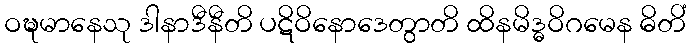
ဝဍ္ဎမာနေသု ဒါနာဒီနီတိ ပဋိဝိနောဒေတွာတိ ထိနမိဒ္ဓဝိဂမေန ဓိတိံ